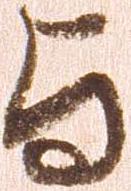
与